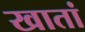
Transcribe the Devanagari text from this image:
खातां